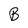
Character: B